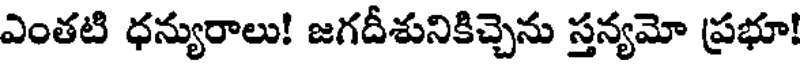
ఎంతటి ధన్యురాలు! జగదీశునికిచ్చెను స్తన్యమో ప్రభూ!